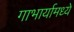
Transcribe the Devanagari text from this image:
गाभार्यामध्ये